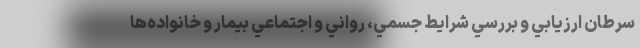
سرطان ارزيابي و بررسي شرایط جسمي، رواني و اجتماعي بیمار و خانواده‌ها